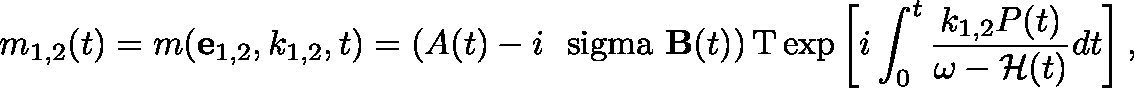
m _ { 1 , 2 } ( t ) = m ( { \bf e } _ { 1 , 2 } , k _ { 1 , 2 } , t ) = \left( A ( t ) - i \mathrm { \boldmath ~ \ s i g m a ~ } { \bf B } ( t ) \right) \mathrm { T } \exp \left[ i \int _ { 0 } ^ { t } \frac { k _ { 1 , 2 } P ( t ) } { \omega - { \cal H } ( t ) } d t \right] ,